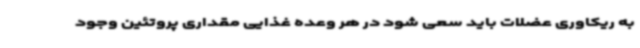
به ریکاوری عضلات باید سعی شود در هر وعده غذایی مقداری پروتئین وجود